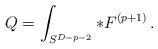
LaTeX: \begin{align*}Q=\int_{S^{D-p-2}} * F^{(p+1)} \,.\end{align*}